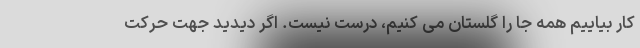
کار بیاییم همه جا را گلستان می کنیم، درست نیست. اگر دیدید جهت حرکت